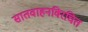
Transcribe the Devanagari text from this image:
सातवाहनविरचित